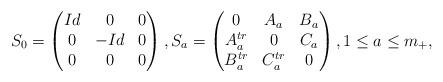
LaTeX: \begin{align*}S_0=\begin{pmatrix}Id&0&0\\0&-Id&0\\0&0&0\end{pmatrix},S_a=\begin{pmatrix}0&A_a&B_a\\A_a^{tr}&0&C_a\\B_a^{tr}&C_a^{tr}&0\end{pmatrix},1\leq a\leq m_{+},\end{align*}